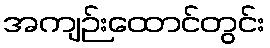
အကျဉ်းထောင်တွင်း